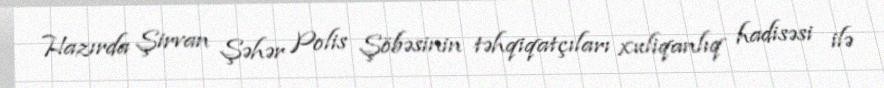
Hazırda Şirvan Şəhər Polis Şöbəsinin təhqiqatçıları xuliqanlıq hadisəsi ilə